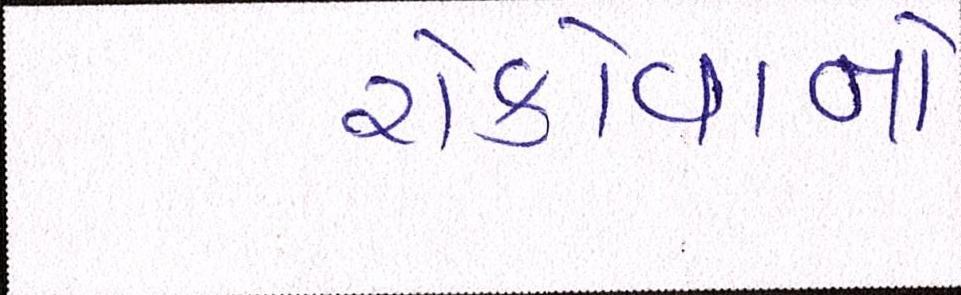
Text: રોકોવાનો